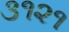
૩૧૨૧